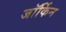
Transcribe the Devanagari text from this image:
जॉर्किन